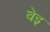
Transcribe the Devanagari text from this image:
वेइ